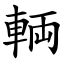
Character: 輌